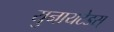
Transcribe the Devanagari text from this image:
युनायटेडस्